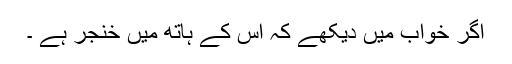
اگر خواب میں دیکھے کہ اس کے ہاتھ میں خنجر ہے ۔